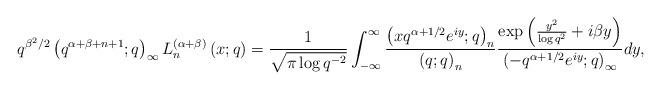
LaTeX: \begin{align*}q^{\beta^{2}/2}\left(q^{\alpha+\beta+n+1};q\right)_{\infty}L_{n}^{(\alpha+\beta)}\left(x;q\right)=\frac{1}{\sqrt{\pi\log q^{-2}}}\int_{-\infty}^{\infty}\frac{\left(xq^{\alpha+1/2}e^{iy};q\right)_{n}}{\left(q;q\right)_{n}}\frac{\exp\left(\frac{y^{2}}{\log q^{2}}+i\beta y\right)}{\left(-q^{\alpha+1/2}e^{iy};q\right)_{\infty}}dy,\end{align*}